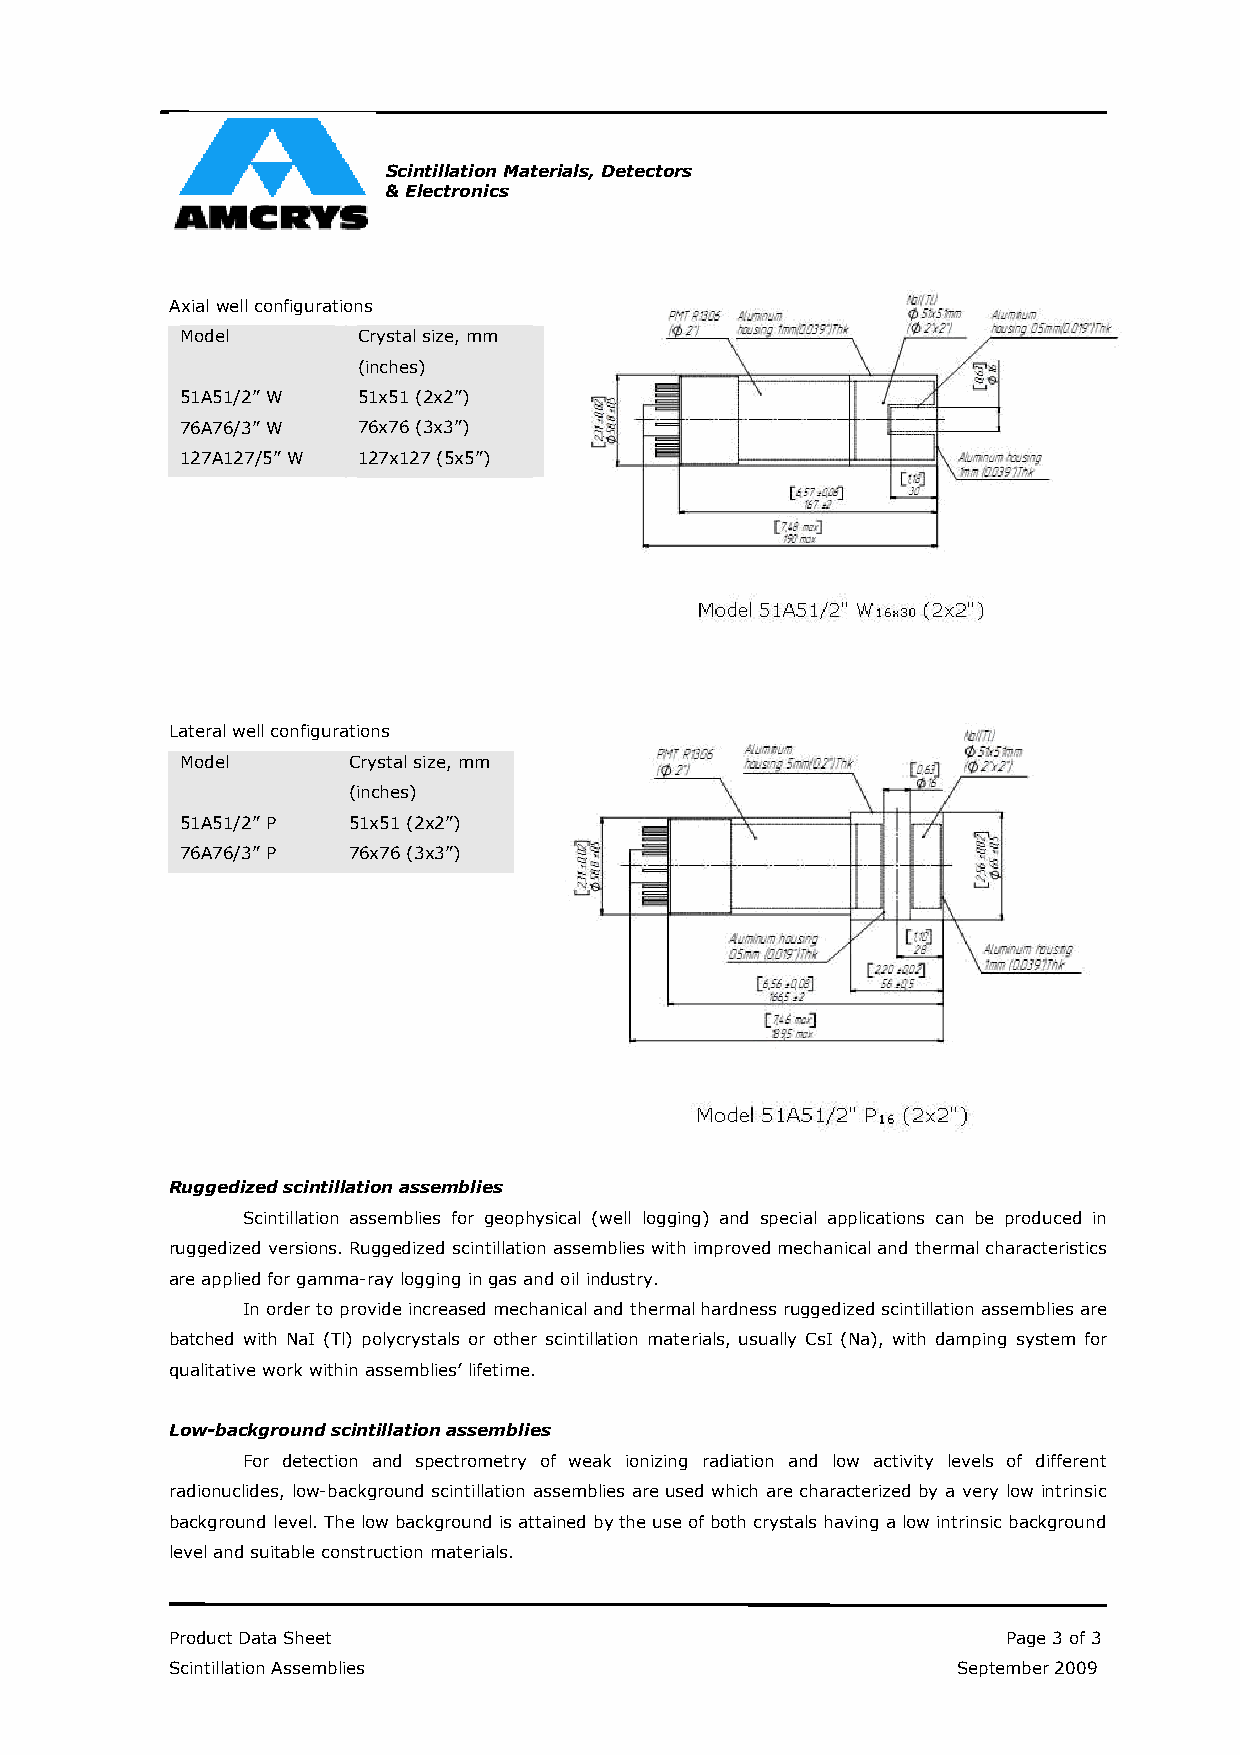
Scintillation Materials, Detectors
 & Electronics
 Axial well configurations
 Model       Crystal size, mm
 (inches)
 51A51/2” W  51x51 (2x2”)
 76A76/3” W  76x76 (3x3”)
 127A127/5” W 127x127 (5x5”)
 Lateral well configurations
 Model      Crystal size, mm
 (inches)
 51A51/2” P 51x51 (2x2”)
 76A76/3” P 76x76 (3x3”)
 Ruggedized scintillation assemblies
 Scintillation assemblies for geophysical (well logging) and special applications can be produced in
 ruggedized versions. Ruggedized scintillation assemblies with improved mechanical and thermal characteristics
 are applied for gamma-ray logging in gas and oil industry.
 In order to provide increased mechanical and thermal hardness ruggedized scintillation assemblies are
 batched with NaI (Tl) polycrystals or other scintillation materials, usually CsI (Na), with damping system for
 qualitative work within assemblies’ lifetime.
 Low-background scintillation assemblies
 For detection and spectrometry of weak ionizing radiation and low activity levels of different
 radionuclides, low-background scintillation assemblies are used which are characterized by a very low intrinsic
 background level. The low background is attained by the use of both crystals having a low intrinsic background
 level and suitable construction materials.
 Product Data Sheet                                      Page 3 of 3
 Scintillation Assemblies                            September 2009